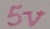
Text: 5V